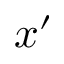
x ^ { \prime }